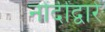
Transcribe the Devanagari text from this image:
नोंदींद्वारे